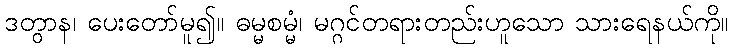
ဒတွာန၊ ပေးတော်မူ၍။ ဓမ္မစမ္မံ၊ မဂ္ဂင်တရားတည်းဟူသော သားရေနယ်ကို။